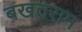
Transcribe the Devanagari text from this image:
बखतराम